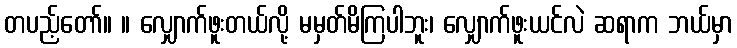
တပည့်တော်။ ။ လျှောက်ဖူးတယ်လို့ မမှတ်မိကြပါဘူး၊ လျှောက်ဖူးယင်လဲ ဆရာက ဘယ်မှာ